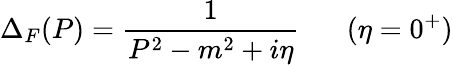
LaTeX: \Delta_{F}(P)=\frac{1}{P^{2}-m^{2}+i\eta}\; \; \; \; \; \; (\eta=0^{+})